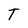
Character: T